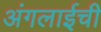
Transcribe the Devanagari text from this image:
अंगलाईची